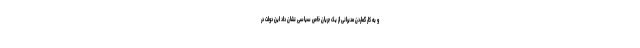
و به کار گماردن مدیرانی از یک جریان خاص سیاسی نشان داد این دولت در